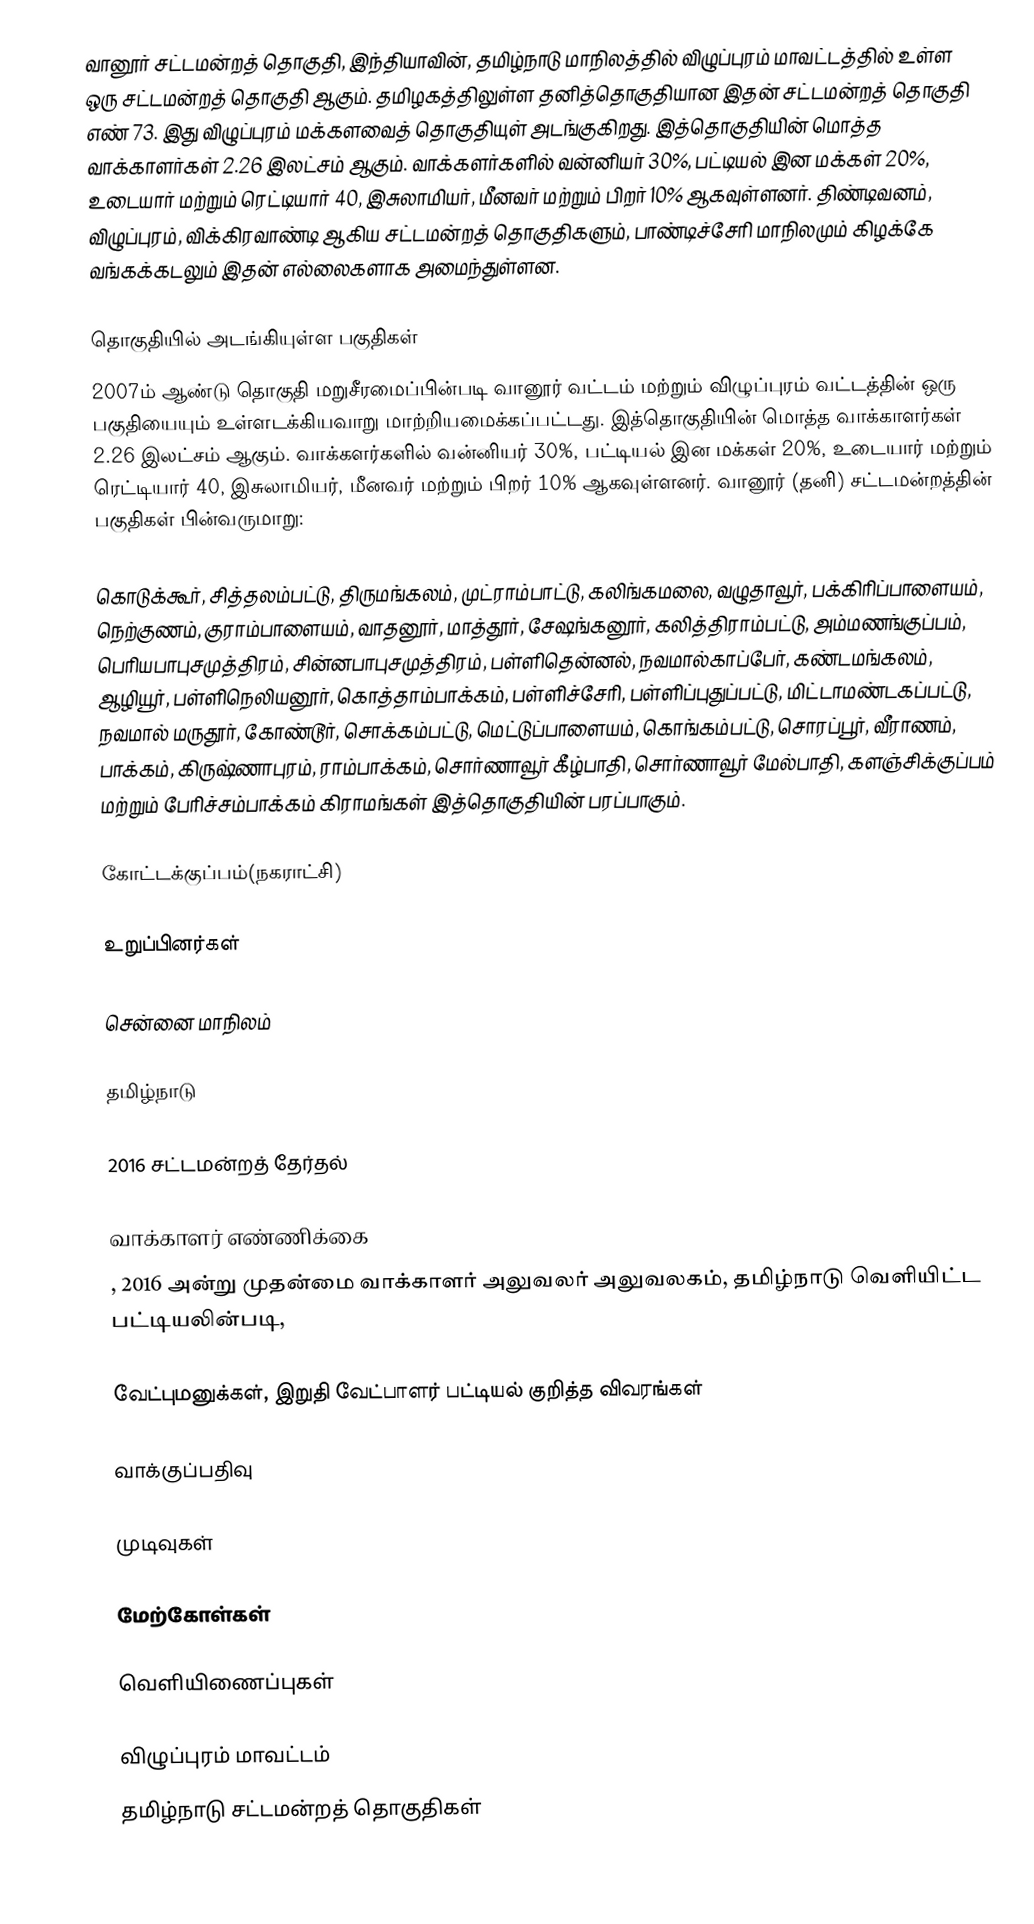
வானூர் சட்டமன்றத் தொகுதி, இந்தியாவின், தமிழ்நாடு மாநிலத்தில்  விழுப்புரம் மாவட்டத்தில் உள்ள ஒரு சட்டமன்றத் தொகுதி ஆகும். தமிழகத்திலுள்ள தனித்தொகுதியான இதன் சட்டமன்றத் தொகுதி எண் 73. இது விழுப்புரம் மக்களவைத் தொகுதியுள் அடங்குகிறது.  இத்தொகுதியின் மொத்த வாக்காளர்கள் 2.26 இலட்சம் ஆகும். வாக்களர்களில் வன்னியர் 30%, பட்டியல் இன மக்கள் 20%, உடையார் மற்றும் ரெட்டியார் 40, இசுலாமியர், மீனவர் மற்றும் பிறர் 10% ஆகவுள்ளனர். திண்டிவனம், விழுப்புரம், விக்கிரவாண்டி ஆகிய சட்டமன்றத் தொகுதிகளும், பாண்டிச்சேரி மாநிலமும் கிழக்கே வங்கக்கடலும் இதன் எல்லைகளாக அமைந்துள்ளன.

தொகுதியில் அடங்கியுள்ள பகுதிகள்
2007ம் ஆண்டு தொகுதி மறுசீரமைப்பின்படி வானூர் வட்டம் மற்றும்  விழுப்புரம் வட்டத்தின் ஒரு பகுதியையும் உள்ளடக்கியவாறு மாற்றியமைக்கப்பட்டது. இத்தொகுதியின் மொத்த வாக்காளர்கள் 2.26 இலட்சம் ஆகும். வாக்களர்களில் வன்னியர் 30%, பட்டியல் இன மக்கள் 20%, உடையார் மற்றும் ரெட்டியார் 40, இசுலாமியர், மீனவர் மற்றும் பிறர் 10% ஆகவுள்ளனர். வானூர் (தனி) சட்டமன்றத்தின் பகுதிகள் பின்வருமாறு:

கொடுக்கூர், சித்தலம்பட்டு, திருமங்கலம், முட்ராம்பாட்டு, கலிங்கமலை, வழுதாவூர், பக்கிரிப்பாளையம், நெற்குணம், குராம்பாளையம், வாதனூர், மாத்தூர், சேஷங்கனூர், கலித்திராம்பட்டு, அம்மணங்குப்பம், பெரியபாபுசமுத்திரம், சின்னபாபுசமுத்திரம், பள்ளிதென்னல், நவமால்காப்பேர், கண்டமங்கலம், ஆழியூர், பள்ளிநெலியனூர், கொத்தாம்பாக்கம், பள்ளிச்சேரி, பள்ளிப்புதுப்பட்டு, மிட்டாமண்டகப்பட்டு, நவமால் மருதூர், கோண்டூர், சொக்கம்பட்டு, மெட்டுப்பாளையம், கொங்கம்பட்டு, சொரப்பூர், வீராணம், பாக்கம், கிருஷ்ணாபுரம், ராம்பாக்கம், சொர்ணாவூர் கீழ்பாதி, சொர்ணாவூர் மேல்பாதி, களஞ்சிக்குப்பம் மற்றும் பேரிச்சம்பாக்கம் கிராமங்கள்  இத்தொகுதியின் பரப்பாகும்.

கோட்டக்குப்பம்(நகராட்சி)

உறுப்பினர்கள்

சென்னை மாநிலம்

தமிழ்நாடு

2016 சட்டமன்றத் தேர்தல்

வாக்காளர் எண்ணிக்கை
, 2016 அன்று முதன்மை வாக்காளர் அலுவலர் அலுவலகம், தமிழ்நாடு வெளியிட்ட பட்டியலின்படி,

வேட்புமனுக்கள், இறுதி வேட்பாளர் பட்டியல் குறித்த விவரங்கள்

வாக்குப்பதிவு

முடிவுகள்

மேற்கோள்கள்

வெளியிணைப்புகள்

விழுப்புரம் மாவட்டம்
தமிழ்நாடு சட்டமன்றத் தொகுதிகள்